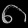
Digit: ၈